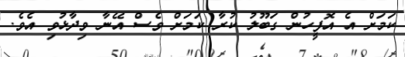
ކަމަށް އެ އޮފީހުން ގަބޫލު ކުރާ ކަމަށް ވެސް އޭނާ ވިދާޅުވި އެވެ.